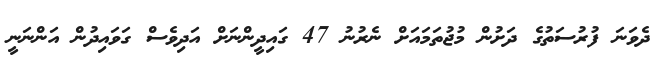
ދެވަނަ ފުރުސަތުގެ ދަށުން މުޖުތަމައަށް ނެރުނު 47 ގައިދީންނަށް އަދިވެސް ގަވައިދުން އަންނަނީ